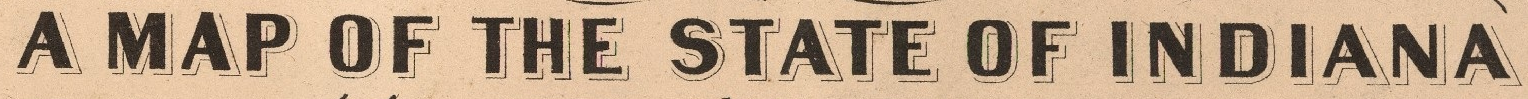
A MAP OF THE STATE OF INDIANA